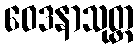
ဝေဒနာသုတ္တ